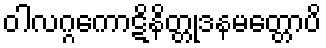
ဝါလဂ္ဂကောဋိနိတ္တုဒနမတ္တောပိ